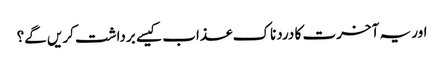
اور یہ آخرت کا دردناک عذاب کیسے برداشت کریں گے؟